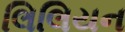
લિલિયન